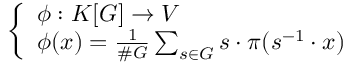
\left\{ \begin{array} { l l } { \phi : K [ G ] \to V } \\ { \phi ( x ) = { \frac { 1 } { \# G } } \sum _ { s \in G } s \cdot \pi ( s ^ { - 1 } \cdot x ) } \end{array} \right.